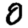
Digit: 0